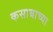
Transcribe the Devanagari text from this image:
कसाबाच्या